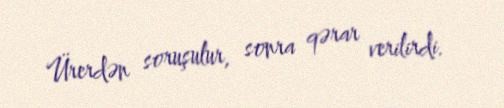
Ürerdən soruşulur, sonra qərar verilirdi.